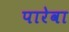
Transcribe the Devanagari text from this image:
पारेवा